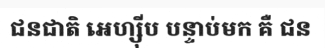
ជនជាតិ អេហ្ស៊ីប បន្ទាប់មក គឺ ជន